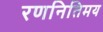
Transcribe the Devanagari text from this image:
रणनितिमय